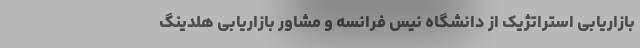
بازاریابی استراتژیک از دانشگاه نیس فرانسه و مشاور بازاریابی هلدینگ